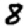
Digit: 8